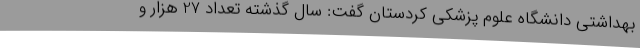
بهداشتی دانشگاه علوم پزشکی کردستان گفت: سال گذشته تعداد 27 هزار و